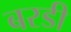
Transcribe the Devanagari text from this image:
बरडी